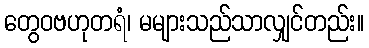
တွေဝဗဟုတရံ၊ မများသည်သာလျှင်တည်း။